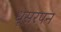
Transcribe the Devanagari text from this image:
धूसरपन